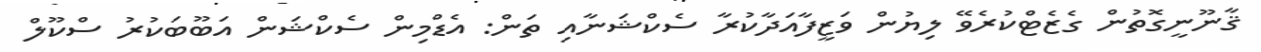
ޤާނޫނީގޮތުން ގެޒެޓްކުރެވޭ ލިޔުން ވަޒީފާއަދާކުރާ ސެކްޝަނާއި ތަން: އެޑްމިން ސެކްޝަން އަބޫބަކުރު ސްކޫލް